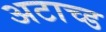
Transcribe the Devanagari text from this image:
अटाच्ड